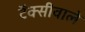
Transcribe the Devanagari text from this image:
टॅक्सीवाले